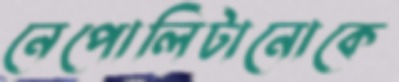
নেপোলিটানোকে